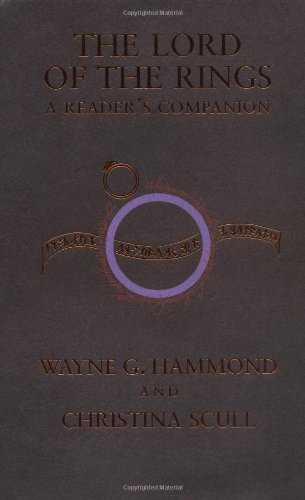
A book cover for The Lord of the Rings: A Reader's Companion; Wayne G. Hammond; Science Fiction & Fantasy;